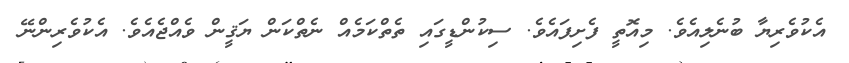
އެކުވެރިޔާ ބުނެލިއެވެ. މިއޮތީ ފެށިފައެވެ. ސިކުންޑީގައި ތެތްކަމެއް ނެތްކަން ޔަޤީން ވެއްޖެއެވެ. އެކުވެރިންނޭ